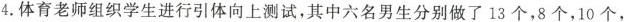
4.体育老师组织学生进行引体向上测试，其中六名男生分别做了13个，8个，10个，